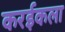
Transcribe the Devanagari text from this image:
करईकला